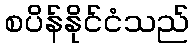
စပိန်နိုင်ငံသည်